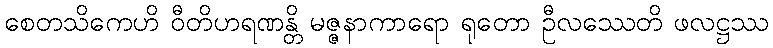
စေတသိကေဟိ ဝီတိဟရဏန္တိ မဇ္ဇနာကာရော ရုတော ဦလဿေတိ ဖလဋ္ဌဿ